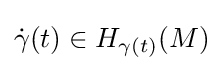
{\dot {\gamma }}(t)\in H_{\gamma (t)}(M)